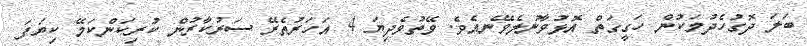
ބަލަ ދޮގުހެދުމަކުން ހަގީގަތް އޮޅުވާނުލެވޭނެއެވެ. ވޭތުވެދިޔަ 4 އަހަރުތެރޭ ސަރުކާރުން ކުރިކަންކަމޭ ކިޔަފަ